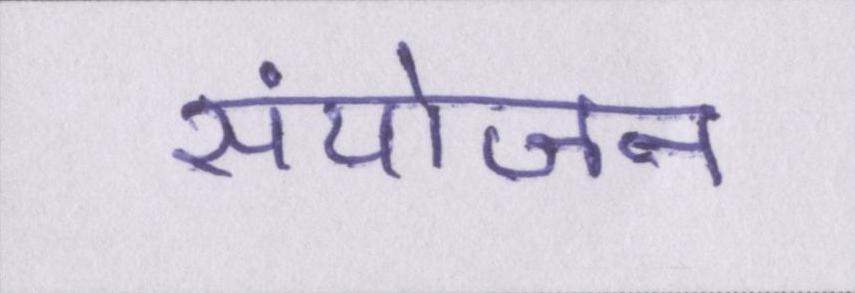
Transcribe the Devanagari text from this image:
संयोजन